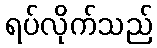
ရပ်လိုက်သည်